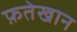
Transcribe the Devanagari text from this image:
फ़तेखान